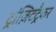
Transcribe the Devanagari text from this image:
ट्रांज़िटट्रैकर